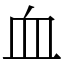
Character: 血